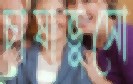
চাষাভুসো